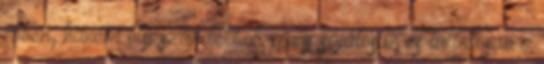
ebben, hanem oly szándékból, mely sajátosan és tudatosan a